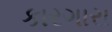
કારગારા